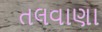
તલવાણા